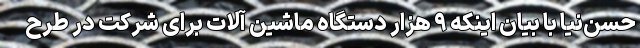
حسن‌نیا با بیان اینکه ۹ هزار دستگاه ماشین‌ آلات برای شرکت در طرح